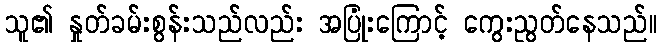
သူ၏ နှုတ်ခမ်းစွန်းသည်လည်း အပြုံးကြောင့် ကွေးညွတ်နေသည်။